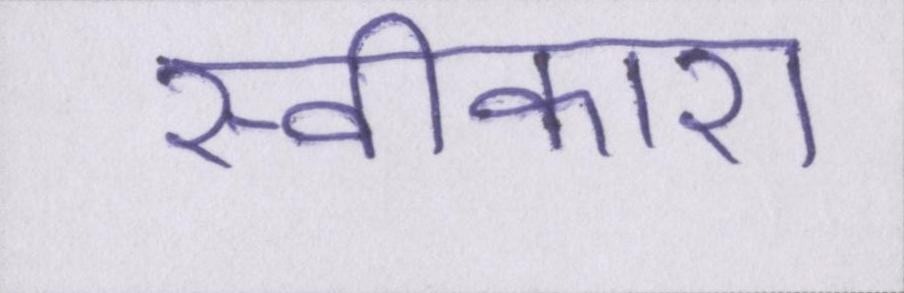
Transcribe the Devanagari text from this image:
स्वीकारा